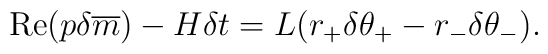
{\rm Re}(p\delta\overline{m})-H\delta t=L(r_{+}\delta\theta_{+}-r_{-}\delta\theta_{-}).